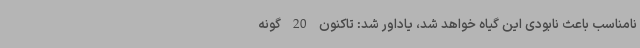
نامناسب باعث نابودی این گیاه خواهد شد، یاداور شد: تاکنون 20 گونه